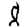
Digit: 8